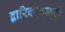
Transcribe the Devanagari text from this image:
द्वारिकानगरी